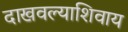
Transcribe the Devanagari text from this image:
दाखवल्याशिवाय